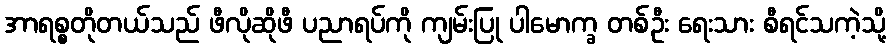
အာရစ္စတိုတယ်သည် ဖီလိုဆိုဖီ ပညာရပ်ကို ကျမ်းပြု ပါမောက္ခ တစ်ဦး ရေးသား စီရင်သကဲ့သို့